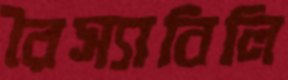
রৈস্যাবিলি